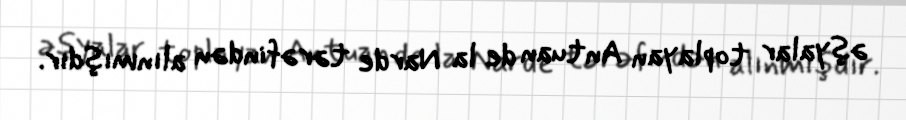
əşyalar toplayan Antuan de la Narde tərəfindən alınmışdır.